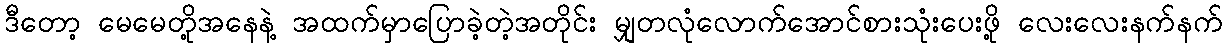
ဒီတော့ မေမေတို့အနေနဲ့ အထက်မှာပြောခဲ့တဲ့အတိုင်း မျှတလုံလောက်အောင်စားသုံးပေးဖို့ လေးလေးနက်နက်